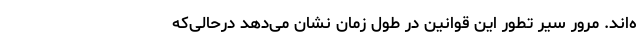
ه‌اند. مرور سیر تطور این قوانین در طول زمان نشان می‌دهد درحالی‌که